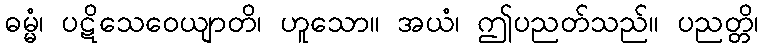
ဓမ္မံ၊ ပဋိသေဝေယျာတိ၊ ဟူသော။ အယံ၊ ဤပညတ်သည်။ ပညတ္တိ၊